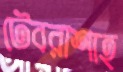
টেবরাশাহ